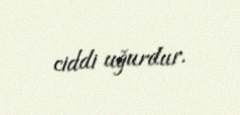
ciddi uğurdur.